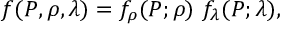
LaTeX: f ( P , \rho , \lambda ) = f _ { \rho } ( P ; \rho ) ~ f _ { \lambda } ( P ; \lambda ) ,